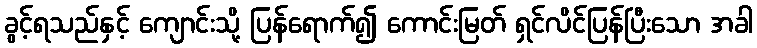
ခွင့်ရသည်နှင့် ကျောင်းသို့ ပြန်ရောက်၍ ကောင်းမြတ် ရှင်လိင်ပြန်ပြီးသော အခါ